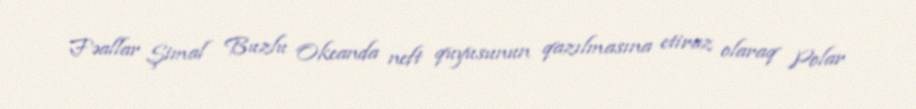
Fəallar Şimal Buzlu Okeanda neft quyusunun qazılmasına etiraz olaraq Polar